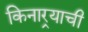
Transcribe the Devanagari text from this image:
किनार्‍याची